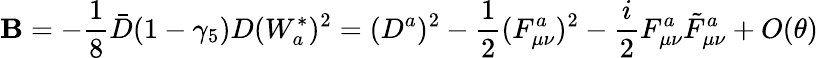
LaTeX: \mathbf{B}=-\frac{{1}}{{8}}\bar{{D}}(1-\gamma_{5})D(W_{a}^{*})^{2}=(D^{a})^{2}-\frac{{1}}{{2}}(F_{\mu\nu}^{a})^{2}-\frac{{i}}{{2}}F_{\mu\nu}^{a}\tilde{{F}}_{\mu\nu}^{a}+O(\theta)